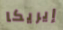
إيريكا